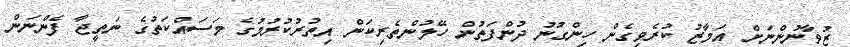
ޒުވާނުންނަށް އަމާޒު ކުރެވިގެން ހިންގުނު ދުންފަތުން ހޭލުންތެރިކަން އިތުރުކުރުމުގެ މަސައްކަތުގެ ނަތީޖާ ފެންނަން